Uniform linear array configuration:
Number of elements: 16
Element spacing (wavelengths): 0.5
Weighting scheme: uniform
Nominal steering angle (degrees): -45
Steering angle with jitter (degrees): -44.184
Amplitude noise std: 0.05
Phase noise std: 0.05

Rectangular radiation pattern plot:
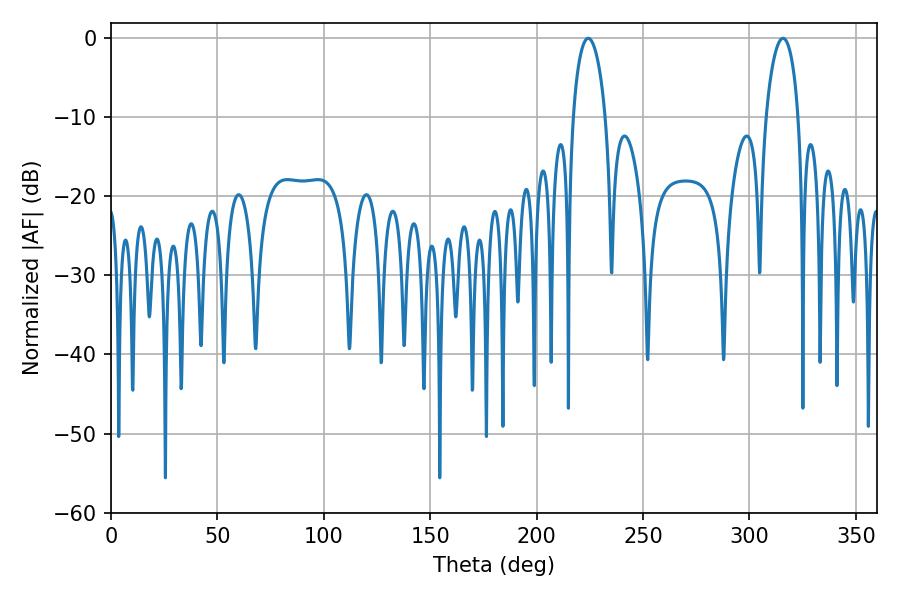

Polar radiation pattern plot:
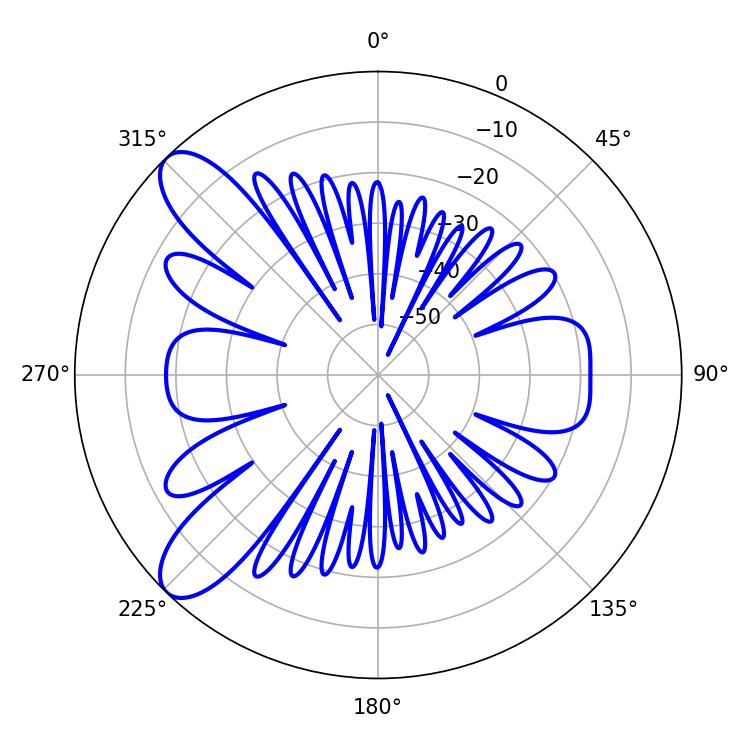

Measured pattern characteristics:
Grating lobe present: FALSE
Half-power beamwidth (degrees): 8.82
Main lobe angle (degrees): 224.28